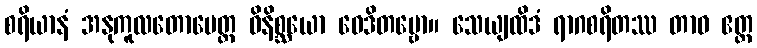
စရိယာနံ အနုကူလတောပေတ္ထ ဝိနိစ္ဆယော ဝေဒိတဗ္ဗော။ သေယျထိဒံ ရာဂစရိတဿ တာဝ ဧတ္ထ